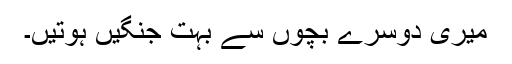
میری دوسرے بچوں سے بہت جنگیں ہوتیں۔